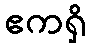
ဧကရှိ